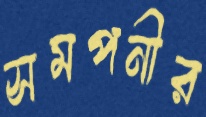
সমপনীর